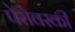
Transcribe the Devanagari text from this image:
पेरोवस्की